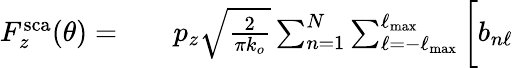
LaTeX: \begin{array}{rlr}{F_{z}^{\mathrm{sca}}(\theta)=}&{{}}&{p_{z}\sqrt{\frac{2}{\pi k_{o}}}\sum_{n=1}^{N}\sum_{\ell=-\ell_{\mathrm{max}}}^{\ell_{\mathrm{max}}}\bigg[b_{n\ell}}\end{array}